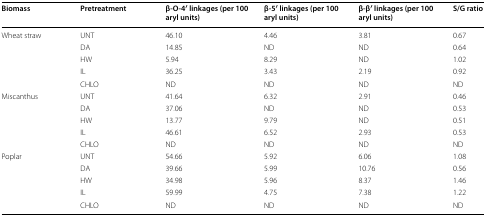
<table><thead><tr><td><b>Biomass</b></td><td><b>Pretreatment</b></td><td><b>β-O-4′ linkages (per 100 aryl units)</b></td><td><b>β-5′ linkages (per 100 aryl units)</b></td><td><b>β-β′ linkages (per 100 aryl units)</b></td><td><b>S/G ratio</b></td></tr></thead><tbody><tr><td rowspan="5">Wheat straw</td><td>UNT</td><td>46.10</td><td>4.46</td><td>3.81</td><td>0.67</td></tr><tr><td>DA</td><td>14.85</td><td>ND</td><td>ND</td><td>0.64</td></tr><tr><td>HW</td><td>5.94</td><td>8.29</td><td>ND</td><td>1.02</td></tr><tr><td>IL</td><td>36.25</td><td>3.43</td><td>2.19</td><td>0.92</td></tr><tr><td>CHLO</td><td>ND</td><td>ND</td><td>ND</td><td>ND</td></tr><tr><td rowspan="5">Miscanthus</td><td>UNT</td><td>41.64</td><td>6.32</td><td>2.91</td><td>0.46</td></tr><tr><td>DA</td><td>37.06</td><td>ND</td><td>ND</td><td>0.53</td></tr><tr><td>HW</td><td>13.77</td><td>9.79</td><td>ND</td><td>0.51</td></tr><tr><td>IL</td><td>46.61</td><td>6.52</td><td>2.93</td><td>0.53</td></tr><tr><td>CHLO</td><td>ND</td><td>ND</td><td>ND</td><td>ND</td></tr><tr><td rowspan="5">Poplar</td><td>UNT</td><td>54.66</td><td>5.92</td><td>6.06</td><td>1.08</td></tr><tr><td>DA</td><td>39.66</td><td>5.99</td><td>10.76</td><td>0.56</td></tr><tr><td>HW</td><td>34.98</td><td>5.96</td><td>8.37</td><td>1.46</td></tr><tr><td>IL</td><td>59.99</td><td>4.75</td><td>7.38</td><td>1.22</td></tr><tr><td>CHLO</td><td>ND</td><td>ND</td><td>ND</td><td>ND</td></tr></tbody></table>